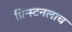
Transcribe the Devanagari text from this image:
प्रिन्स्टनलाच